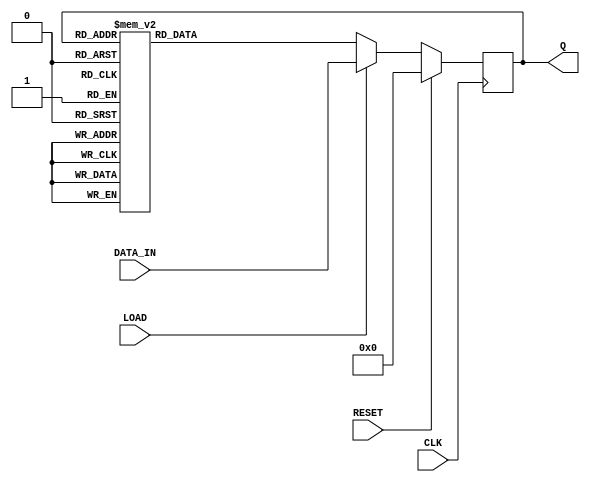
module johnson_counter (
  input CLK,
  input RESET,
  input LOAD,
  input [3:0] DATA_IN,
  output reg [3:0] Q
);

reg [3:0] next_state;

always @(posedge CLK) begin
  if (RESET) begin
    Q <= 4'b0000;
  end else if (LOAD) begin
    Q <= DATA_IN;
  end else begin
    Q <= next_state;
  end
end

always @* begin
  case(Q)
    4'b0000: next_state = 4'b0001;
    4'b0001: next_state = 4'b0011;
    4'b0011: next_state = 4'b0111;
    4'b0111: next_state = 4'b1111;
    4'b1111: next_state = 4'b1110;
    4'b1110: next_state = 4'b1100;
    4'b1100: next_state = 4'b1000;
    4'b1000: next_state = 4'b0000;
    default: next_state = 4'b0000;
  endcase
end

endmodule